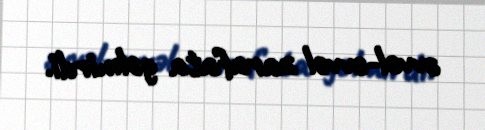
əvvəl-əvvəl zarafata gəlmirdi.